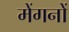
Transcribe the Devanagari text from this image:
मेंगनों